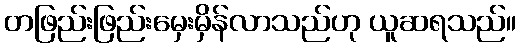
တဖြည်းဖြည်းမှေးမှိန်လာသည်ဟု ယူဆရသည်။